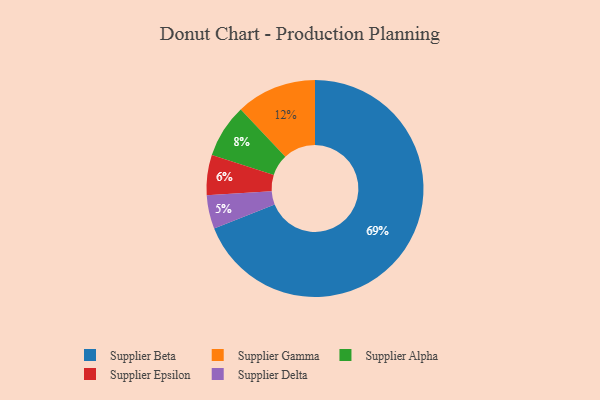
{"axis": {"x": "Category", "y": "Percentage"}, "legend": ["Supplier Alpha", "Supplier Beta", "Supplier Delta", "Supplier Epsilon", "Supplier Gamma"], "data": [{"x": "Supplier Gamma", "y": 12, "type": "Supplier Gamma"}, {"x": "Supplier Epsilon", "y": 6, "type": "Supplier Epsilon"}, {"x": "Supplier Beta", "y": 69, "type": "Supplier Beta"}, {"x": "Supplier Alpha", "y": 8, "type": "Supplier Alpha"}, {"x": "Supplier Delta", "y": 5, "type": "Supplier Delta"}]}